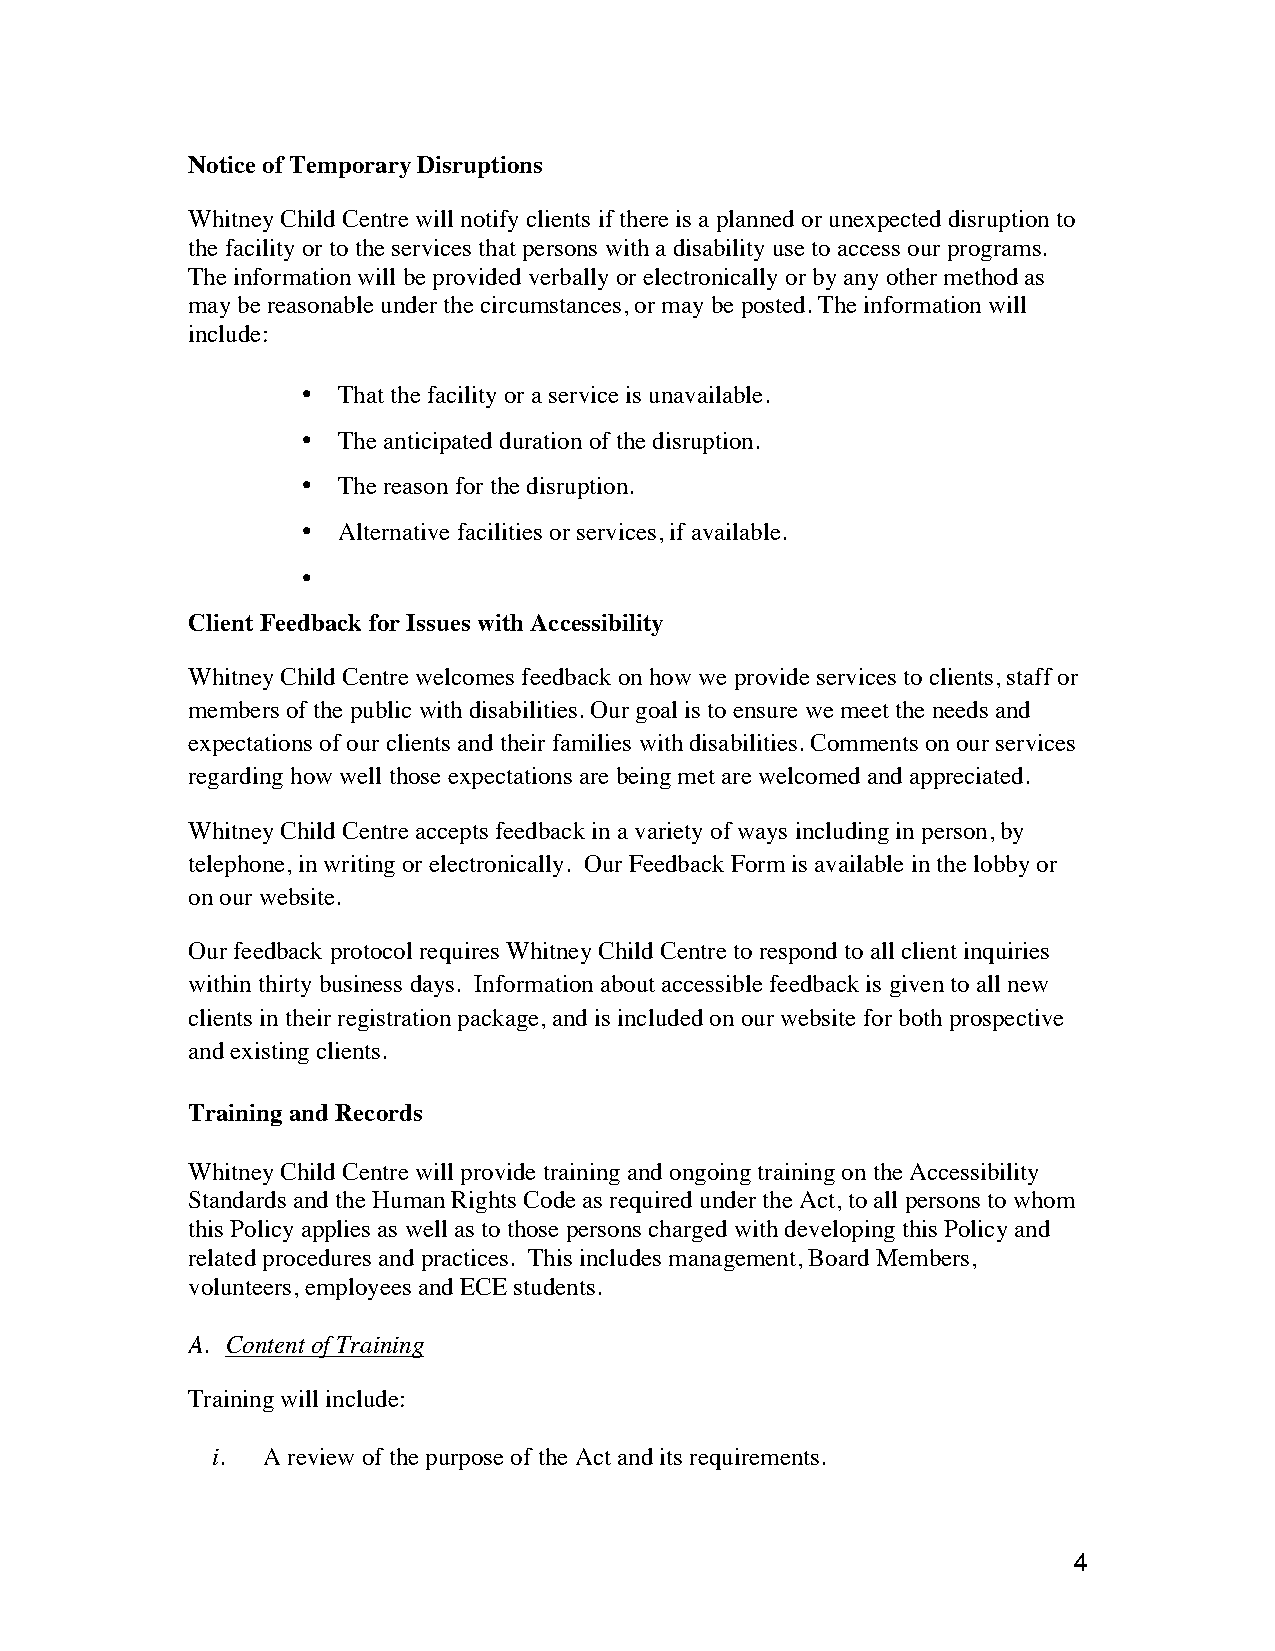
Notice of Temporary Disruptions
 Whitney Child Centre will notify clients if there is a planned or unexpected disruption to
 the facility or to the services that persons with a disability use to access our programs.
 The information will be provided verbally or electronically or by any other method as
 may be reasonable under the circumstances, or may be posted. The information will
 include:
 • That the facility or a service is unavailable.
 • The anticipated duration of the disruption.
 • The reason for the disruption.
 • Alternative facilities or services, if available.
 •
 Client Feedback for Issues with Accessibility
 Whitney Child Centre welcomes feedback on how we provide services to clients, staff or
 members of the public with disabilities. Our goal is to ensure we meet the needs and
 expectations of our clients and their families with disabilities. Comments on our services
 regarding how well those expectations are being met are welcomed and appreciated.
 Whitney Child Centre accepts feedback in a variety of ways including in person, by
 telephone, in writing or electronically. Our Feedback Form is available in the lobby or
 on our website.
 Our feedback protocol requires Whitney Child Centre to respond to all client inquiries
 within thirty business days. Information about accessible feedback is given to all new
 clients in their registration package, and is included on our website for both prospective
 and existing clients.
 Training and Records
 Whitney Child Centre will provide training and ongoing training on the Accessibility
 Standards and the Human Rights Code as required under the Act, to all persons to whom
 this Policy applies as well as to those persons charged with developing this Policy and
 related procedures and practices. This includes management, Board Members,
 volunteers, employees and ECE students.
 A. Content of Training
 Training will include:
 i. A review of the purpose of the Act and its requirements.
 4